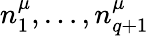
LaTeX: n_{1}^{\mu},\ldots,n_{q+1}^{\mu}